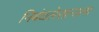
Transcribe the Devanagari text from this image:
निबंधलेखनाला